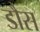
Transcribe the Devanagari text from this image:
डौस